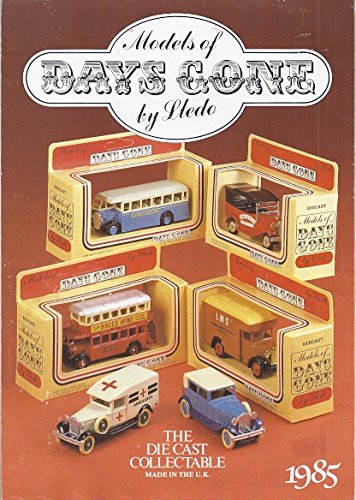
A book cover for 1985 Models of Days Gone: The Diecast Collectable by Lledo Fold Out Pamphlet; Lledo; Crafts, Hobbies & Home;